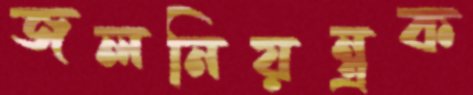
জলনিয়ন্ত্রক